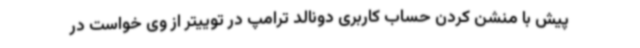
پیش با منشن کردن حساب کاربری دونالد ترامپ در توییتر از وی خواست در